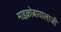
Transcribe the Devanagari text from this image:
माइक्रोबायालाजी